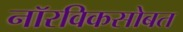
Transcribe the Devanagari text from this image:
नॉरविकसोबत